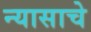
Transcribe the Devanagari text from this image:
न्यासाचे